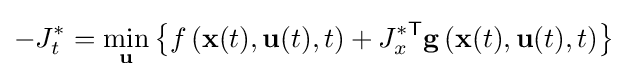
-J_{t}^{\ast }=\min _{\mathbf {u} }\left\{f\left(\mathbf {x} (t),\mathbf {u} (t),t\right)+J_{x}^{\ast {\mathsf {T}}}\mathbf {g} \left(\mathbf {x} (t),\mathbf {u} (t),t\right)\right\}